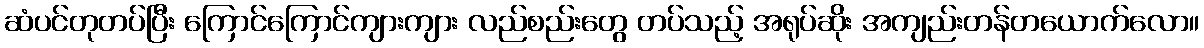
ဆံပင်တုတပ်ပြီး ကြောင်ကြောင်ကျားကျား လည်စည်းတွေ တပ်သည့် အရုပ်ဆိုး အကျည်းတန်တယောက်လော။